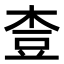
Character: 𪲓